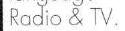
Radio & TV.